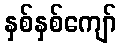
နှစ်နှစ်ကျော်